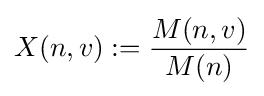
X(n,v):={\frac {M(n,v)}{M(n)}}